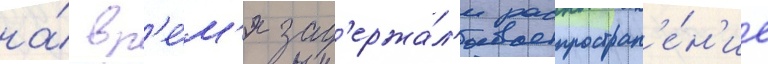
на́ вр'е́м'я зад'ержа́л'и распростран'е́н'ие